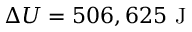
\Delta U = 5 0 6 , 6 2 5 { \mathrm { ~ J } }